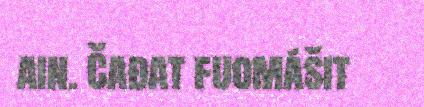
ain. Čađat fuomášit